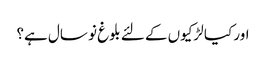
اور کیا لڑکیوں کے لئے بلوغ نو سال ہے؟